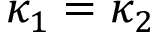
\kappa _ { 1 } = \kappa _ { 2 }